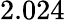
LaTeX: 2.024